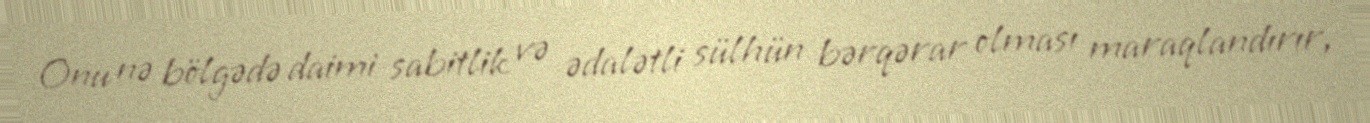
Onu nə bölgədə daimi sabitlik və ədalətli sülhün bərqərar olması maraqlandırır,